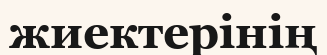
жиектерінің